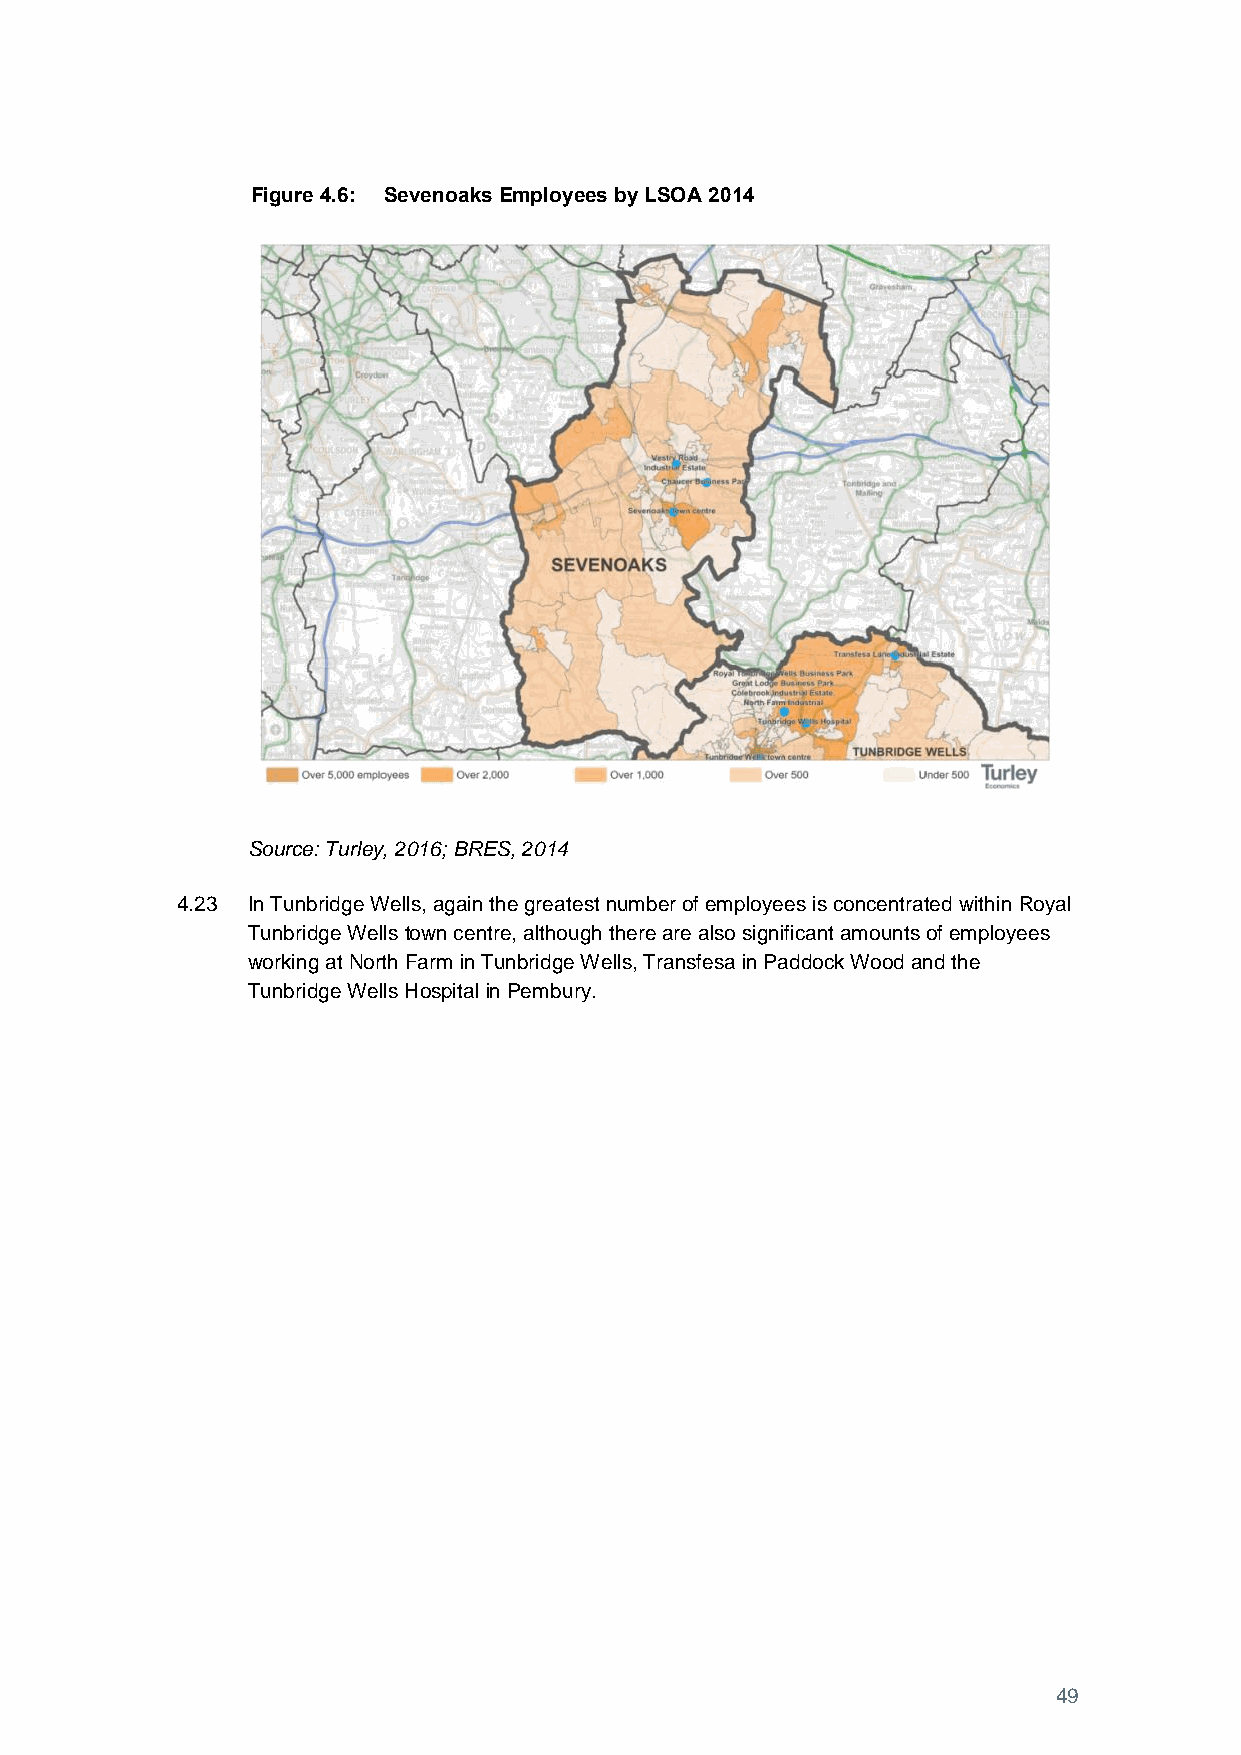
Figure 4.6: Sevenoaks Employees by LSOA 2014
 Source: Turley, 2016; BRES, 2014
 4.23 In Tunbridge Wells, again the greatest number of employees is concentrated within Royal
 Tunbridge Wells town centre, although there are also significant amounts of employees
 working at North Farm in Tunbridge Wells, Transfesa in Paddock Wood and the
 Tunbridge Wells Hospital in Pembury.
 49